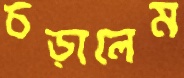
চড়ালেম